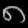
Digit: ၈